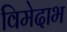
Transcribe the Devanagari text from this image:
विमेदाभ